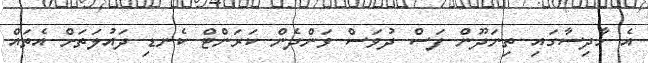
އެ ހާދިސާގައި ތިނަދޫން ފަސް ދުވަސް ވަންދެން ކަރަންޓް ކެނޑި ދައުލަތަށް އެތައް